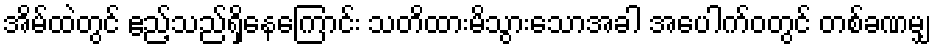
အိမ်ထဲတွင် ဧည့်သည်ရှိနေကြောင်း သတိထားမိသွားသောအခါ အပေါက်ဝတွင် တစ်ခဏမျှ